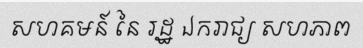
សហគមន៍ នៃ រដ្ឋ ឯករាជ្យ សហភាព